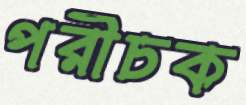
পরীচক